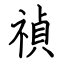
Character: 禎